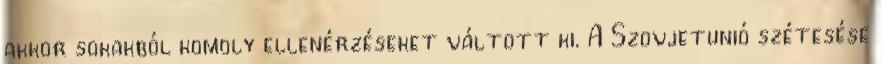
akkor sokakból komoly ellenérzéseket váltott ki. A Szovjetunió szétesése